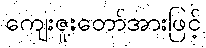
ကျေးဇူးတော်အားဖြင့်